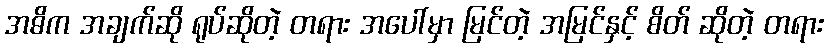
အဓိက အချက်ဆို ရုပ်ဆိုတဲ့ တရား အပေါ်မှာ မြင်တဲ့ အမြင်နှင့် စိတ် ဆိုတဲ့ တရား